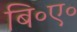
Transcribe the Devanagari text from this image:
बि॰ए॰